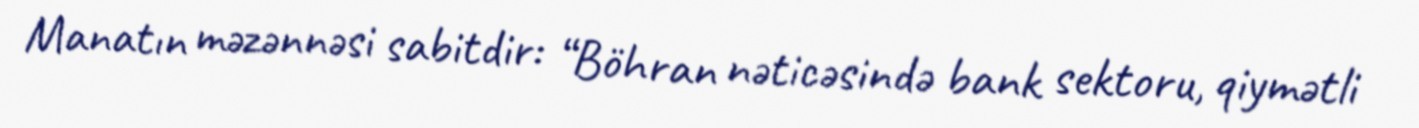
Manatın məzənnəsi sabitdir: “Böhran nəticəsində bank sektoru, qiymətli